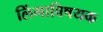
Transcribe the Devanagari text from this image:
लिंगाविषयक